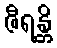
ဇီရန္တိ